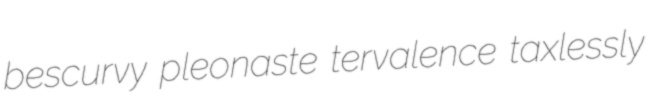
bescurvy pleonaste tervalence taxlessly